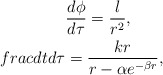
\begin{align*}\frac{d\phi}{d\tau}=\frac{l}{r^2}, \ \ \ \ \ \ \\frac{dt}{d\tau}=\frac{kr}{r-\alpha e^{-\beta r}},\end{align*}